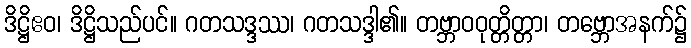
ဒိဋ္ဌိဧဝ၊ ဒိဋ္ဌိသည်ပင်။ ဂတသဒ္ဒဿ၊ ဂတသဒ္ဒါ၏။ တဗ္ဘာဝဝုတ္တိတ္တာ၊ တဗ္ဘောအနက်၌